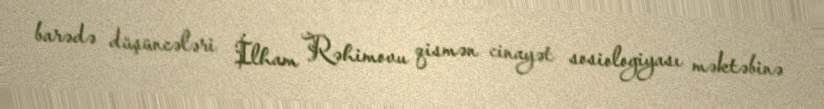
barədə düşüncələri İlham Rəhimovu qismən cinayət sosiologiyası məktəbinə